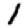
Digit: 1